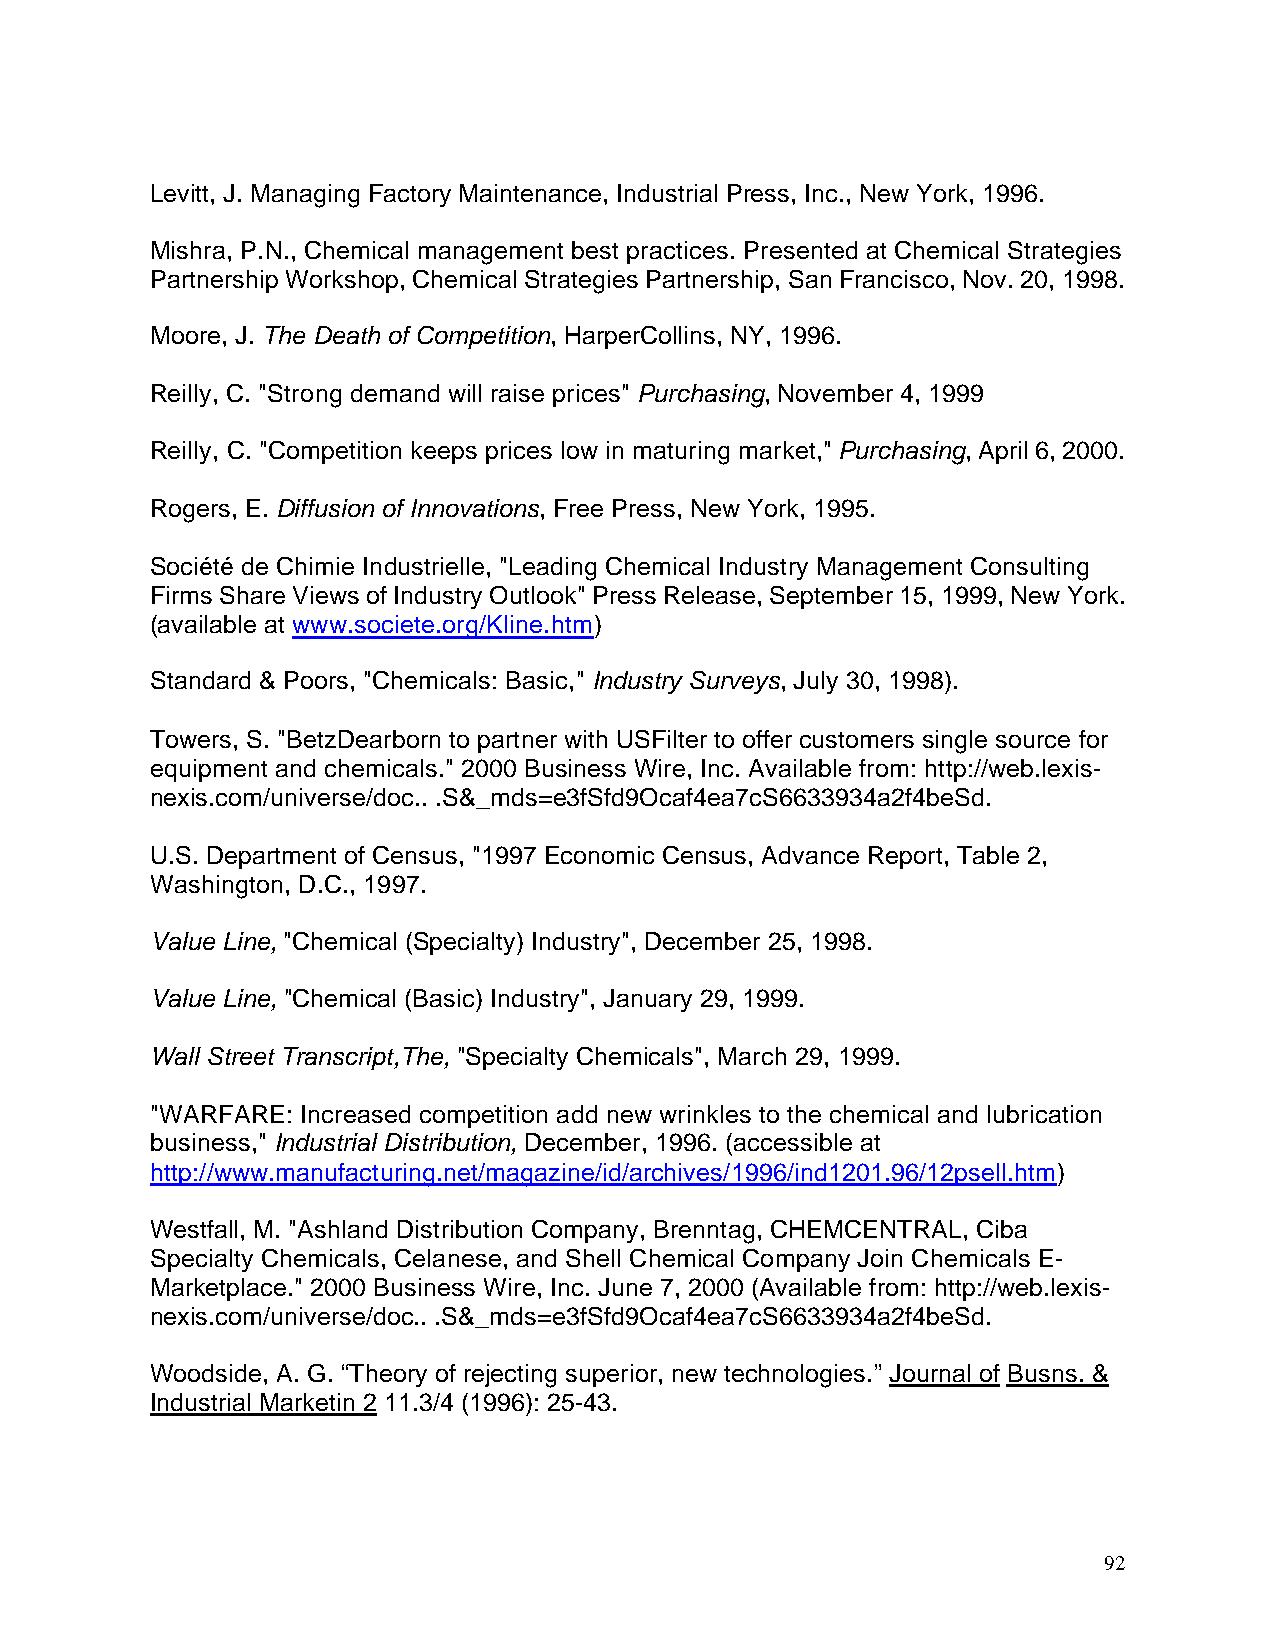
Levitt, J. Managing Factory Maintenance, Industrial Press, Inc., New York, 1996.
 Mishra, P.N., Chemical management best practices. Presented at Chemical Strategies
 Partnership Workshop, Chemical Strategies Partnership, San Francisco, Nov. 20, 1998.
 Moore, J. The Death of Competition, HarperCollins, NY, 1996.
 Reilly, C. "Strong demand will raise prices" Purchasing, November 4, 1999
 Reilly, C. "Competition keeps prices low in maturing market," Purchasing, April 6, 2000.
 Rogers, E. Diffusion of Innovations, Free Press, New York, 1995.
 Société de Chimie Industrielle, "Leading Chemical Industry Management Consulting
 Firms Share Views of Industry Outlook" Press Release, September 15, 1999, New York.
 (available at www.societe.org/Kline.htm)
 Standard & Poors, "Chemicals: Basic," Industry Surveys, July 30, 1998).
 Towers, S. "BetzDearborn to partner with USFilter to offer customers single source for
 equipment and chemicals." 2000 Business Wire, Inc. Available from: http://web.lexis-
 nexis.com/universe/doc.. .S&_mds=e3fSfd9Ocaf4ea7cS6633934a2f4beSd.
 U.S. Department of Census, "1997 Economic Census, Advance Report, Table 2,
 Washington, D.C., 1997.
 Value Line, "Chemical (Specialty) Industry", December 25, 1998.
 Value Line, "Chemical (Basic) Industry", January 29, 1999.
 Wall Street Transcript,The, "Specialty Chemicals", March 29, 1999.
 "WARFARE: Increased competition add new wrinkles to the chemical and lubrication
 business," Industrial Distribution, December, 1996. (accessible at
 http://www.manufacturing.net/magazine/id/archives/1996/ind1201.96/12psell.htm)
 Westfall, M. "Ashland Distribution Company, Brenntag, CHEMCENTRAL, Ciba
 Specialty Chemicals, Celanese, and Shell Chemical Company Join Chemicals E-
 Marketplace." 2000 Business Wire, Inc. June 7, 2000 (Available from: http://web.lexis-
 nexis.com/universe/doc.. .S&_mds=e3fSfd9Ocaf4ea7cS6633934a2f4beSd.
 Woodside, A. G. “Theory of rejecting superior, new technologies.” Journal of Busns. &
 Industrial Marketin 2 11.3/4 (1996): 25-43.
 92